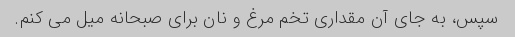
سپس، به جای آن مقداری تخم مرغ و نان برای صبحانه میل می کنم.